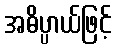
အဓိပ္ပာယ်ဖြင့်